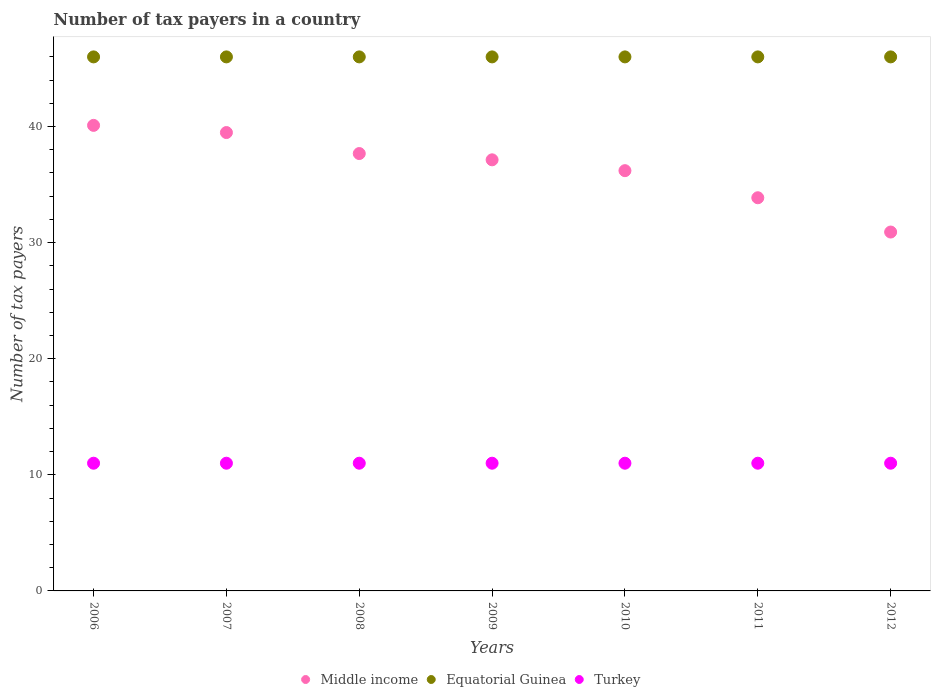
| Years | Middle income | Equatorial Guinea | Turkey |
 | --- | --- | --- | --- |
 | 2006 | 40.1 | 46 | 11 |
 | 2007 | 39.5 | 46 | 11 |
 | 2008 | 37.7 | 46 | 11 |
 | 2009 | 37.1 | 46 | 11 |
 | 2010 | 36.2 | 46 | 11 |
 | 2011 | 33.9 | 46 | 11 |
 | 2012 | 30.9 | 46 | 11 |